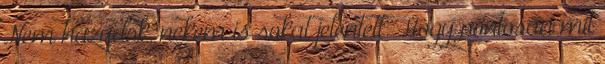
Nem hazudok, nekem is sokat jelentett. Hogy pontosan mit